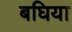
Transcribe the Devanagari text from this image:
बघिया